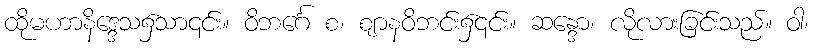
ထိုမဟာနိဒ္ဒေသ၌သာ၎င်း။ ဝိဘင်္ဂေ စ၊ ဈာနဝိဘင်း၌၎င်း။ ဆန္ဒော၊ လိုလားခြင်းသည်။ ဝါ၊